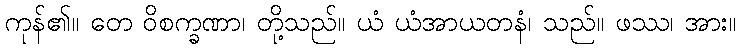
ကုန်၏။ တေ ဝိစက္ခဏာ၊ တို့သည်။ ယံ ယံအာယတနံ၊ သည်။ ဖဿ၊ အား။